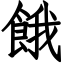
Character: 餓